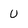
Character: U